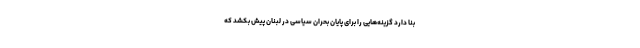
بنا دارد گزینه‌هایی را برای پایان بحران سیاسی در لبنان پیش بکشد که